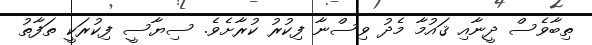
ތިބާވެސް ދީނާއި ޤައުމާ މެދު ވިސްނާ ފިކުރު ކުރާށެވެ. ސިޔާސީ ފިކުރަކީ ތަފާތު